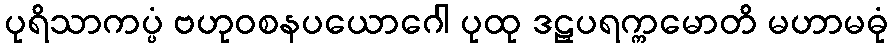
ပုရိသာကပ္ပံ ဗဟုဝစနပယောဂေါ ပုထု ဒဠှပရက္ကမောတိ မဟာမဓုံ